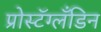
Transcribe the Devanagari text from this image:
प्रोस्टॅग्लँडिन